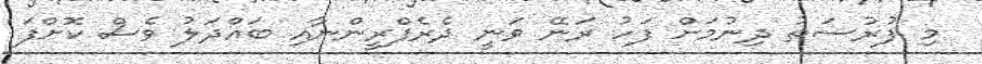
މި ފުރުސަތު ދިނުމަށް ފަހު ރަނޭ ވަނީ ދެރެފްރީންނާއި ބައްދަލު ވެސް ކޮށްފަ